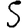
Digit: 5